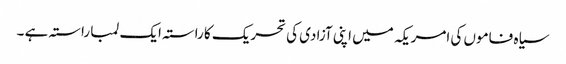
سیاہ فاموں کی امریکہ میں اپنی آزادی کی تحریک کا راستہ ایک لمبا راستہ ہے ۔